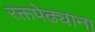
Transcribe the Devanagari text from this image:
रक्तपेढ्याना